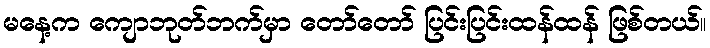
မနေ့က ကျောဘုတ်ဘက်မှာ တော်တော် ပြင်းပြင်းထန်ထန် ဖြစ်တယ်။